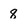
Character: 8